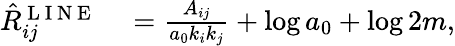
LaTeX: \begin{array}{rl}{\hat{R}_{ij}^{\mathrm{~L~I~N~E~}}}&{{}=\frac{A_{ij}}{a_{0}k_{i}k_{j}}+\log a_{0}+\log 2m,}\end{array}